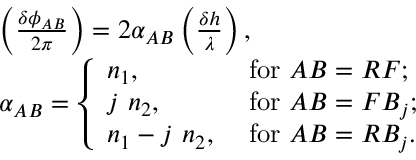
\begin{array} { r l } & { \left( \frac { \delta \phi _ { A B } } { 2 \pi } \right) = 2 \alpha _ { A B } \left( \frac { \delta h } { \lambda } \right) , } \\ & { \alpha _ { A B } = \left\{ \begin{array} { l l } { n _ { 1 } , } & { \mathrm { ~ f o r ~ } A B = R F ; } \\ { j ~ n _ { 2 } , } & { \mathrm { ~ f o r ~ } A B = F B _ { j } ; } \\ { n _ { 1 } - j ~ n _ { 2 } , } & { \mathrm { ~ f o r ~ } A B = R B _ { j } . } \end{array} \right. } \end{array}